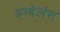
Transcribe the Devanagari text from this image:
इम्बेलंस